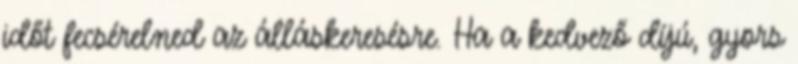
időt fecsérelned az álláskeresésre. Ha a kedvező díjú, gyors